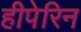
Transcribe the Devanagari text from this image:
हीपेरिन